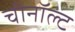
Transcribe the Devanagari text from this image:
चीनॉल्ट